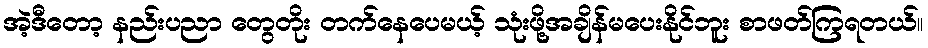
အဲ့ဒီတော့ နည်းပညာ တွေတိုး တက်နေပေမယ့် သုံးဖို့အချိန်မပေးနိုင်ဘူး စာဖတ်ကြရတယ်။